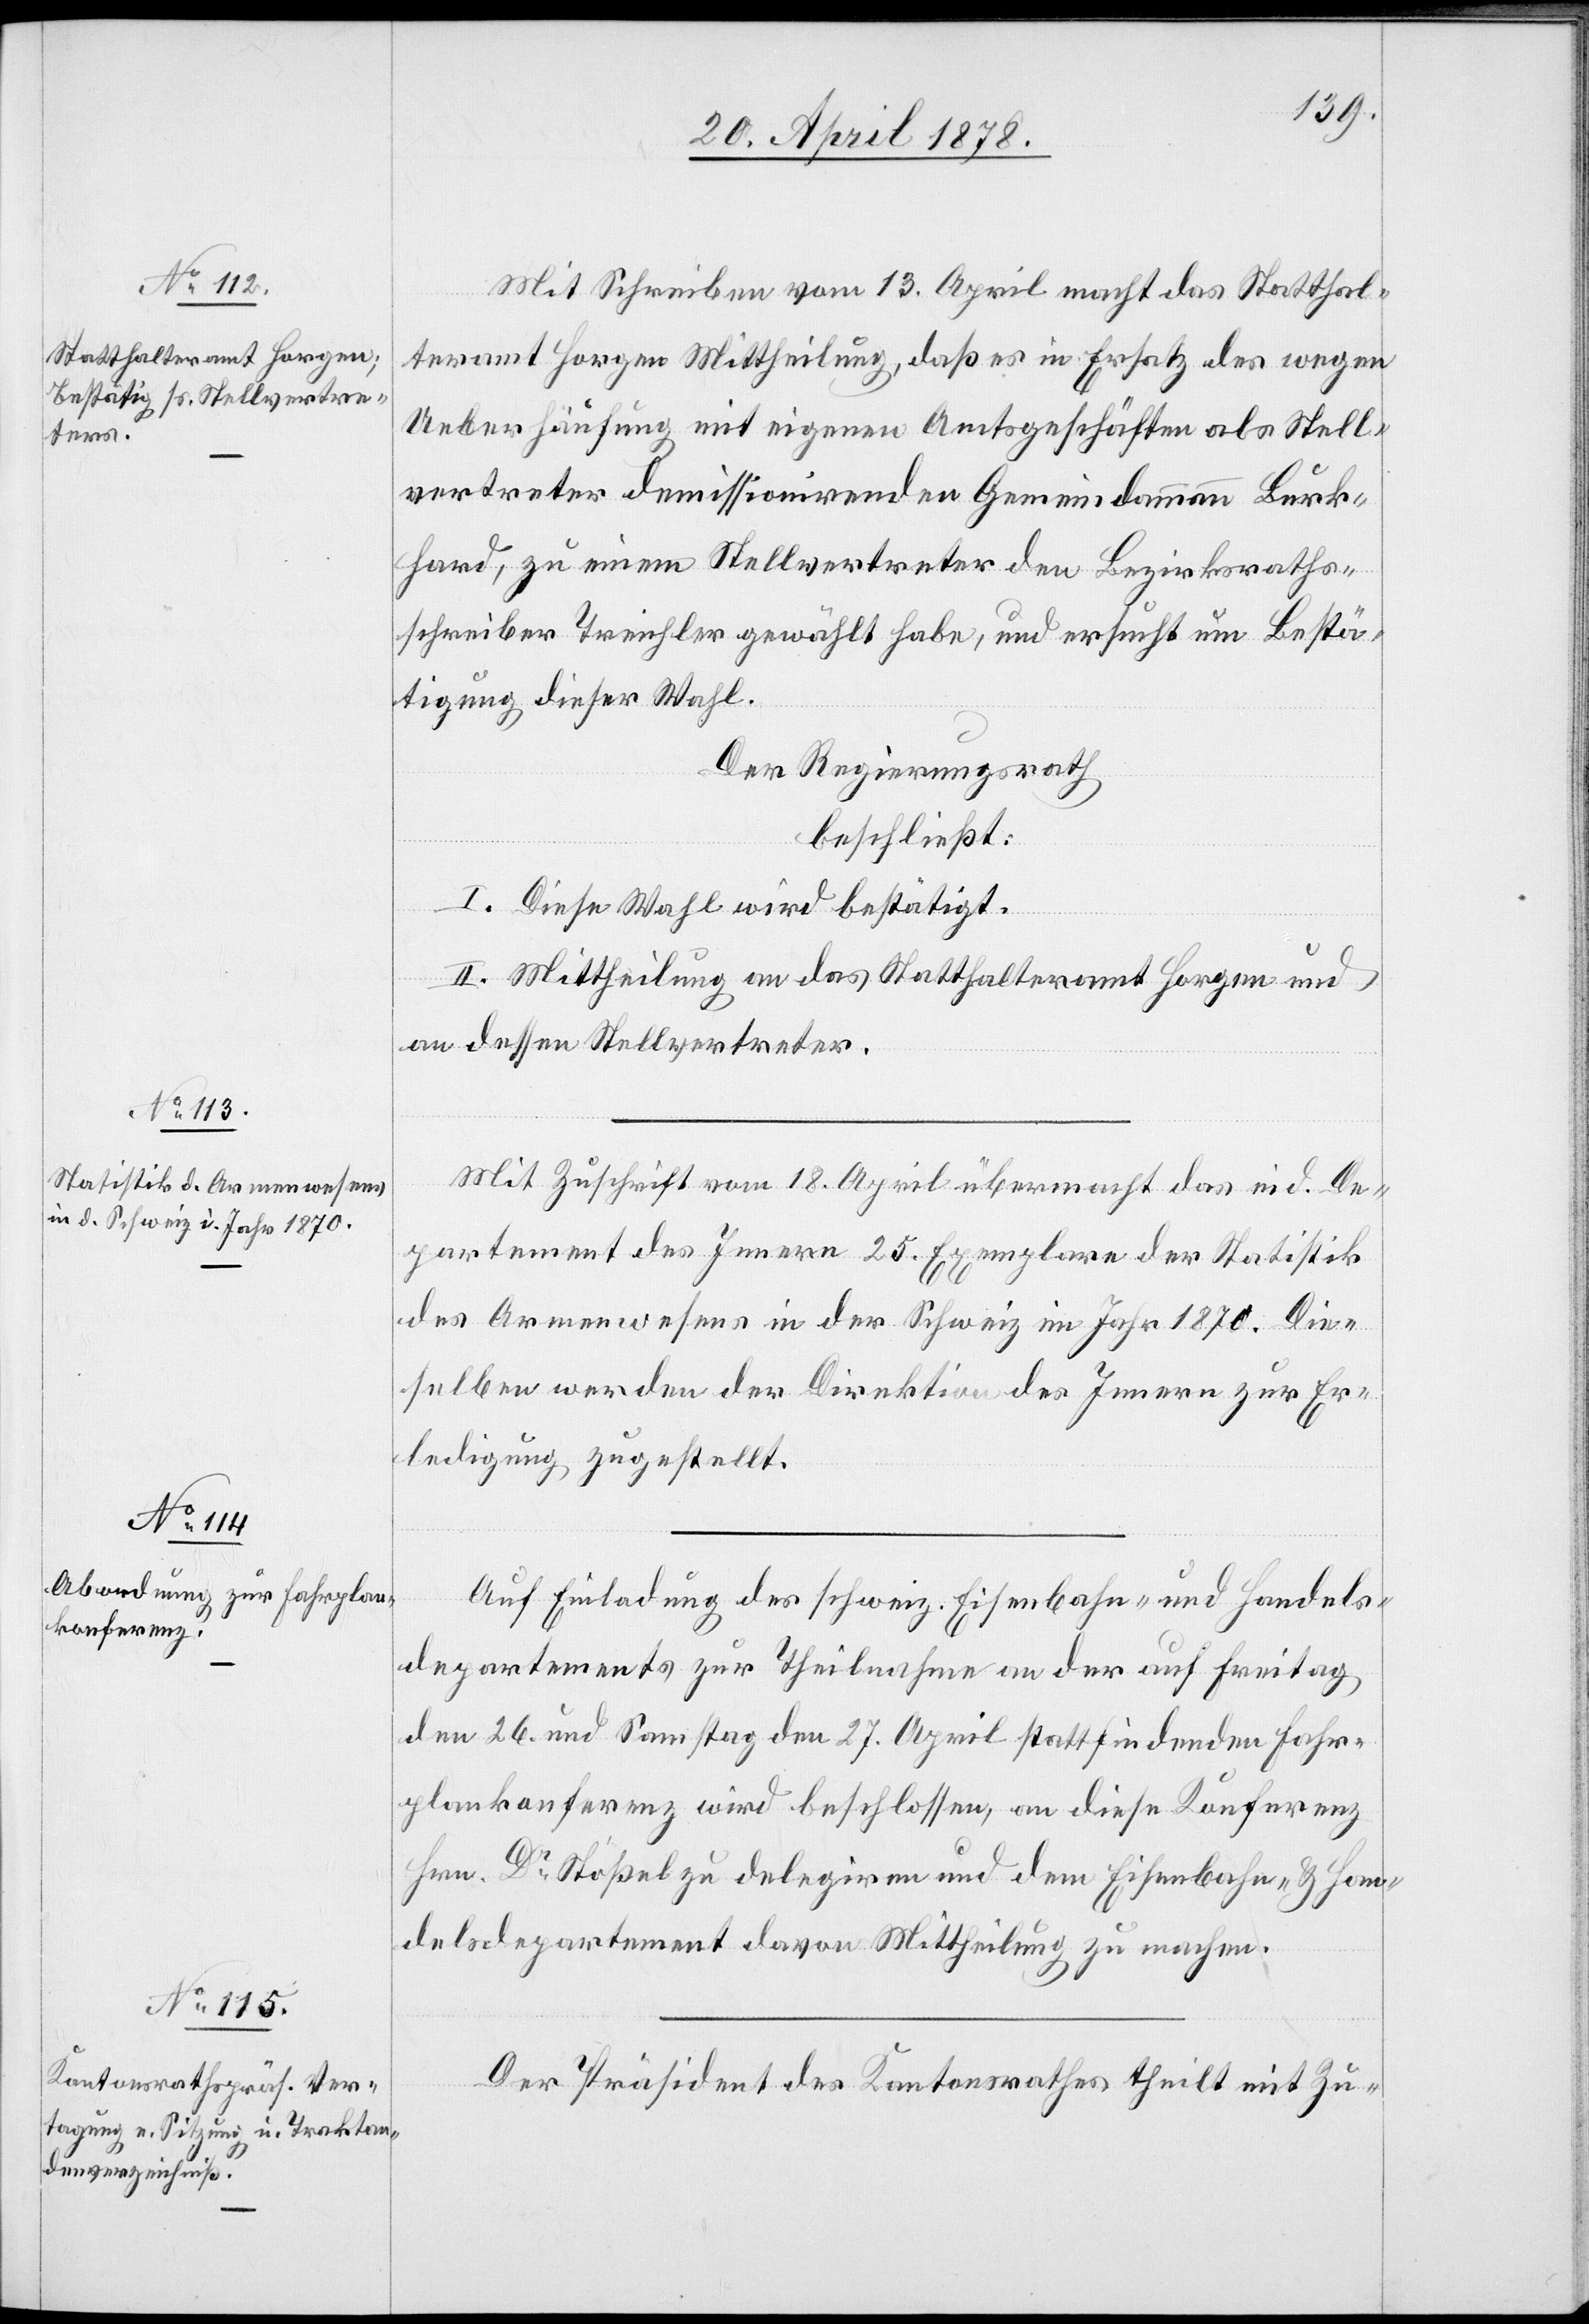
Mit Schreiben vom 13. April macht das Statthal¬
teramt Horgen Mittheilung, daß es in Ersatz des wegen
Ueberhäufung mit eigenen Amtsgeschäften als Stell¬
vertreter demissionirenden Gemeindammann Burk¬
hard, zu einem Stellvertreter den Bezirksraths¬
schreiber Treichler gewählt habe, und ersucht um Bestä¬
tigung dieser Wahl.
Der Regierungsrath
beschließt:
I. Diese Wahl wird bestätigt.
II. Mittheilung an das Statthalteramt Horgen und
an dessen Stellvertreter.
Mit Zuschrift vom 18. April übermacht das eid. De¬
partement des Innern 25. Exemplare der Statistik
des Armenwesens in der Schweiz im Jahr 1870. Die¬
selben werden der Direktion des Innern zur Er¬
ledigung zugestellt.
Auf Einladung des schweiz. Eisenbahn- und Handels¬
departements zur Theilnahme an der auf Freitag
den 26. und Samstag den 27. April stattfindenden Fahr¬
plankonferenz wird beschlossen, an diese Konferenz
Hrn. Dr Stößel zu delegiren und dem Eisenbahn- & Han¬
delsdepartement davon Mittheilung zu machen.
Der Präsident des Kantonsrathes theilt mit Zu-